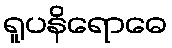
ရူပနိရောဓေ